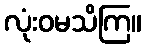
လုံးဝမသိကြ။